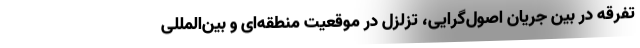
تفرقه در بین جریان اصول‌گرایی، تزلزل در موقعیت منطقه‌ای و بین‌المللی